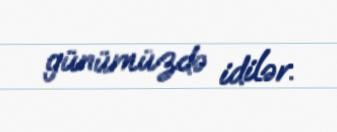
günümüzdə idilər.